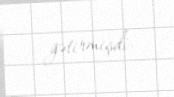
gətirmişdi.